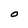
Character: O